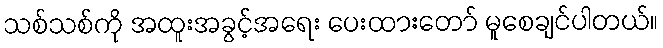
သစ်သစ်ကို အထူးအခွင့်အရေး ပေးထားတော် မူစေချင်ပါတယ်။